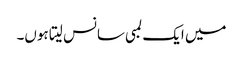
میں ایک لمبی سانس لیتا ہوں۔